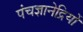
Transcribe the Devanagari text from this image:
पंचज्ञानेद्रियों